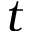
t